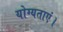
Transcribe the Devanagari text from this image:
योग्यताएं।